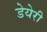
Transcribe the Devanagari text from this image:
डेयेरी